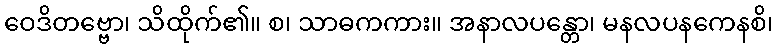
ဝေဒိတဗ္ဗော၊ သိထိုက်၏။ စ၊ သာဓကကား။ အနာလပန္တော၊ မနလပနကေနစိ၊